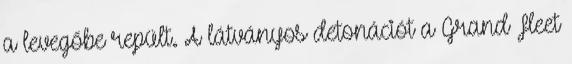
a levegőbe repült. A látványos detonációt a Grand Fleet